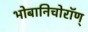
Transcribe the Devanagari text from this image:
भोबानिचोरॉण्